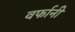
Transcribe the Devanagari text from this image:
वर्फानी